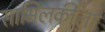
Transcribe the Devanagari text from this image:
सामिलकीला